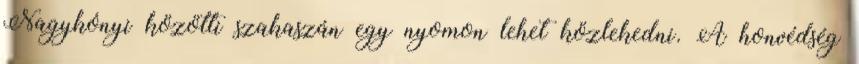
Nagykónyi közötti szakaszán egy nyomon lehet közlekedni. A honvédség